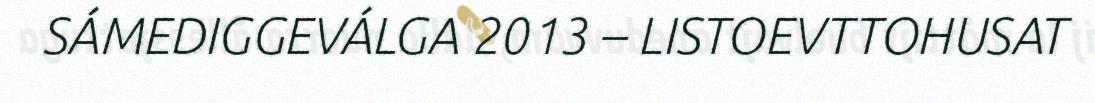
SÁMEDIGGEVÁLGA 2013 – LISTOEVTTOHUSAT